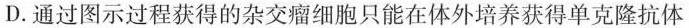
D.通过图示过程获得的杂交瘤细胞只能在体外培养获得单克隆抗体